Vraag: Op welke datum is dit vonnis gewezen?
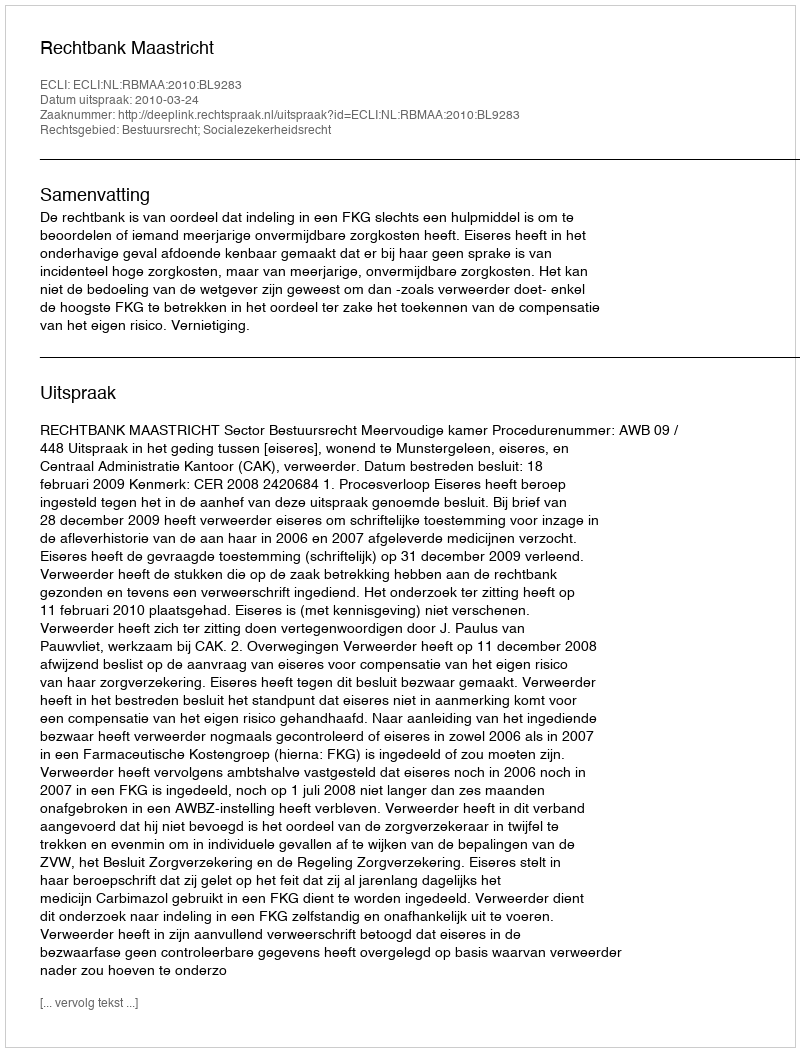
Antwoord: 2010-03-24